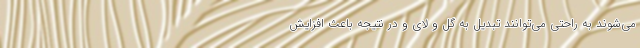
می‌شوند به راحتی می‌توانند تبدیل به گل و لای و در نتیجه باعث افزایش